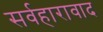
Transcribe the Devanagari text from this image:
सर्वहारावाद